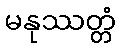
မနုဿတ္တံ